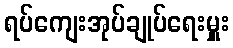
ရပ်ကျေးအုပ်ချုပ်ရေးမှူး